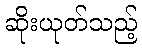
ဆိုးယုတ်သည့်